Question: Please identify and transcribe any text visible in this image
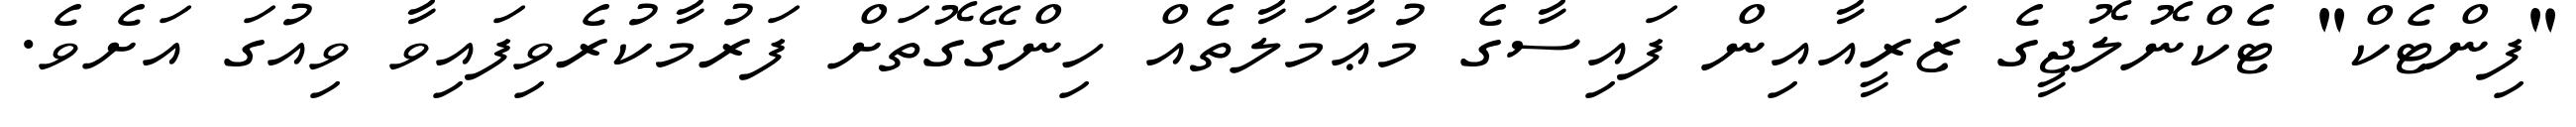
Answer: "ފިންޓެކް" ޓެކްނޮލޮޖީގެ ޒަރީއާއިން ފައިސާގެ މުޢާމަލާތެއް ހިންގޭގޮތަށް ފަރުމާކުރެވިފައިވާ ވިއުގަ އަށެވެ.